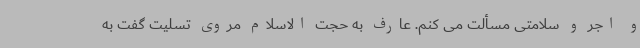
و اجر و سلامتی مسألت می کنم. عارف به حجت الاسلام مروی تسلیت گفت به